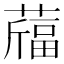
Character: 𦽪